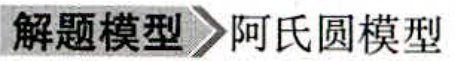
解题模型 \(\rightharpoonup\) 阿氏圆模型